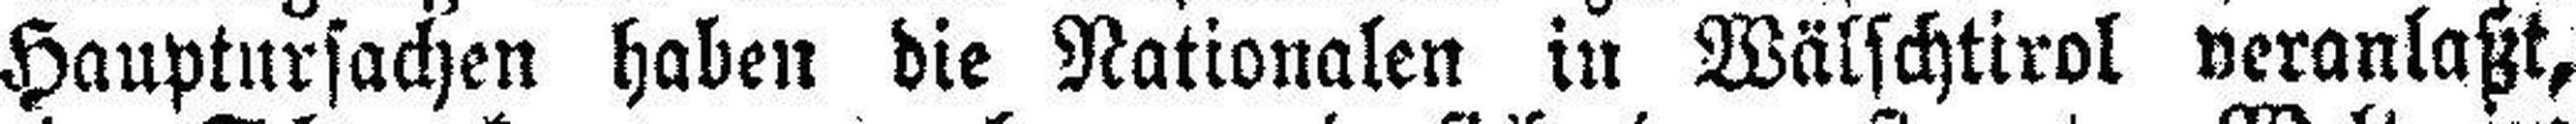
Hauptursachen haben die Nationalen in Wälschtirol veranlaßt,